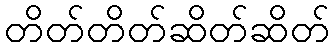
တိတ်တိတ်ဆိတ်ဆိတ်